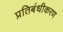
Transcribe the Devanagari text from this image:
प्रतिबंधीकरण